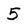
Character: 5